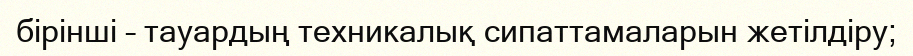
бірінші – тауардың техникалық сипаттамаларын жетілдіру;